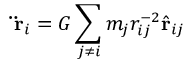
\mathbf { \ddot { r } } _ { i } = G \sum _ { j \neq i } m _ { j } r _ { i j } ^ { - 2 } { \hat { \mathbf { r } } } _ { i j }